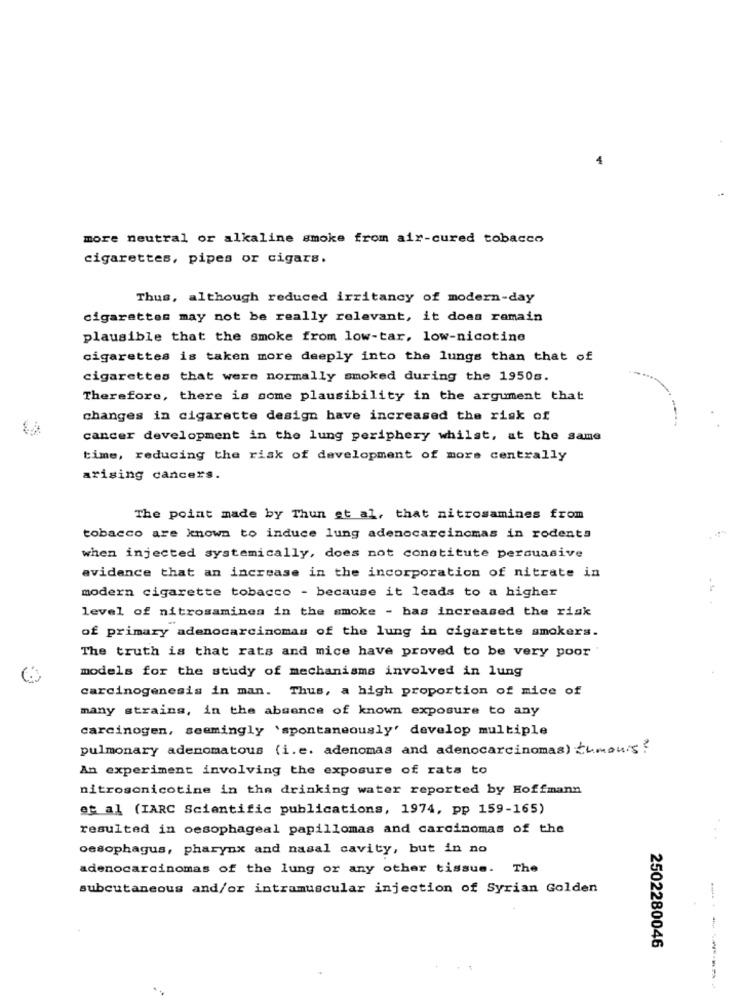
more neutral or alkaline smoke from air-cured tobacco
cigarettes, pipes or cigars.
Thus, although reduced irritancy of modern-day
cigarettes may not be really relevant, it does remain
plausible that the smoke from low-tar, low-nicotine
cigarettes is taken more deeply into the lungs than that of
cigarettes that were normally smoked during the 1950s.
Therefore, there is some plausibility in the argument that
changes in cigarette design have increased the risk of
cancer development in the lung periphery whilst, at the same
time, reducing the risk of development of more centrally
arising cancers.
The point made by Thun et al, that nitrosamines from
tobacco are known to induce lung adenocarcinomas in rodents
when injected systemically, does not constitute persuasive
evidence that an increase in the incorporation of nitrate in
modern cigarette tobacco - because it leads to a higher
level of nitrosamines in the smoke - bas increased the risk
of primary adenocarcinomas of the lung in cigarette smokers.
The truth is that rats and mice have proved to be very poor
models for the study of mechanisms involved in lung
carcinogenesis in man. Thus, a high proportion of mice of
many strains, in the absence of known exposure to any
carcinogen, seemingly 'spontaneously' develop multiple
pulmonary adenomatous (i.e. adenomas and adenocarcinomas) Zumou.s.
An experiment involving the exposure of rats to
nitrosonicotine in the drinking water reported by Hoffmann
et al (IARC Scientific publications, 1974, pp 159-165)
resulted in oesophageal papillomas and carcinomas of the
oesophagus, pharynx and nasal cavity, but in no
adenocarcinomas of the lung or any other tissue. The
subcutaneous and/or intramuscular injection of Syrian Golden
2502280046
---